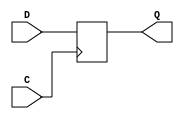
module ql_dff(
    output reg Q,
    input D,
    (* clkbuf_sink *)
    (* invertible_pin = "IS_C_INVERTED" *)
    input C
);
    parameter [0:0] INIT = 1'b0;
    parameter [0:0] IS_C_INVERTED = 1'b0;
    initial Q = INIT;
    case(|IS_C_INVERTED)
          1'b0:
            always @(posedge C)
                Q <= D;
          1'b1:
            always @(negedge C)
                Q <= D;
    endcase
endmodule